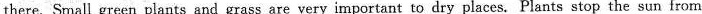
there. Small green plants and grass are very important to dry places. Plants stop the sun frorn